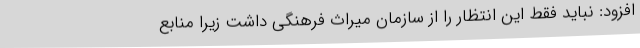
افزود: نباید فقط این انتظار را از سازمان میراث فرهنگی داشت زیرا منابع